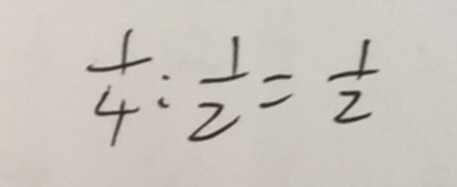
\frac { 1 } { 4 } : \frac { 1 } { 2 } = \frac { 1 } { 2 }